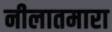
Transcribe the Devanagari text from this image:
नीलातमारा